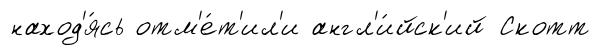
наход'я́сь отм'е́т'ил'и англ'и́йск'ий Скотт